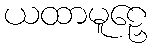
ယထာမူဠှေ